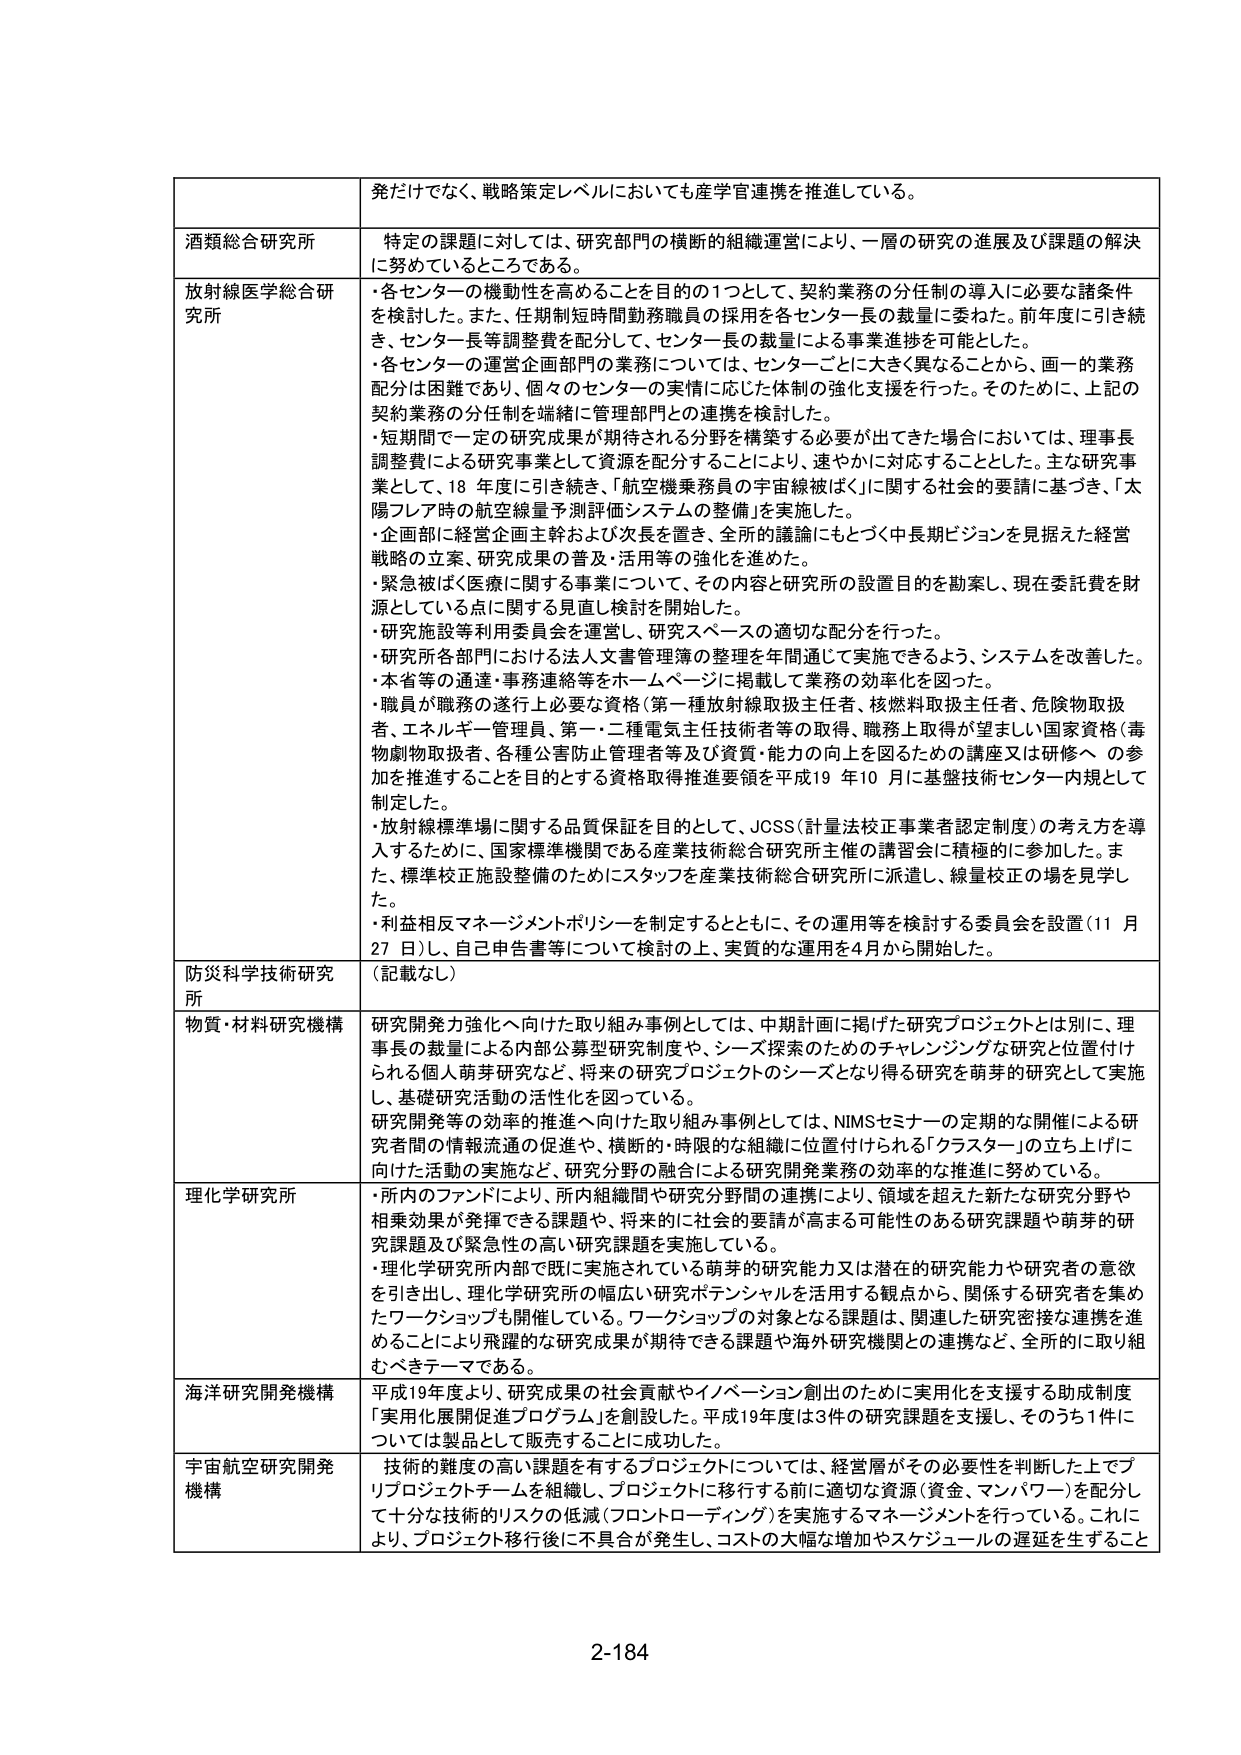
発だけではなく、戦略策定レベルにおいても産学官連携を推進している。

酒類総合研究所
特定の課題に対しては、研究部門の横断的組織運営により、一層の研究の進展及び課題の解決に努めているところである。

放射線医学総合研究所
・各センターの機動性を高めることを目的の1つとして、契約業務の分任制の導入に必要な諸条件を検討した。また、任期制短時間勤務職員の採用を各センター長の裁量に委ねた。前年度に引き続き、センター長等調整費を配分して、センター長の裁量による事業進捗を可能とした。
・各センターの運営企画部門の業務については、センターごとに大きく異なることから、画一の業務配分は困難であり、個々のセンターの実情に応じた体制の強化支援を行った。そのために、上記の契約業務の分任制を端緒に管理部門との連携を検討した。
・短期間で一定の研究成果が期待される分野を構築する必要が出てきた場合においては、理事長調整費による研究事業として資源を配分することにより、速やかに対応することとした。主な研究事業として、18年度に引き続き、「航空機乗務員の宇宙線被ばく」に関する社会的要請に基づき、「太陽フレア時の航空線量予測評価システムの整備」を実施した。
・企画部に経営企画主幹および次長を置き、全部の議論にもとづく中長期ビジョンを見据えた経営戦略の立案、研究成果の普及・活用等の強化を進めた。
・緊急被ばく医療に関する事業について、その内容と研究所の設置目的を勘案し、現在委託費を財源としている点に関する見直し検討を開始した。
・研究施設等利用委員会を運営し、研究スペースの適切な配分を行った。
・研究所各部門における法人文書管理簿の整理を年間通じて実施できるよう、システムを改善した。
・本省等の通達・事務連絡等をホームページに掲載して業務の効率化を図った。
・職員が職務の遂行上必要な資格（第一種放射線取扱主任者、核燃料取扱主任者、危険物取扱者、エネルギー管理者、第一・二種電気主任技術者等の取得、職務上取得が望ましい国家資格（毒物劇物取扱者、各種公害防止管理者等及び資質・能力の向上を図るための講座又は研修への参加を推進することを目的とする資格取得推進要領を平成19年10月に基盤技術センター内規として制定した。
・放射線標準場に関する品質保証を目的として、JCSS（計量法校正事業者認定制度）の考え方を導入するために、国家標準機関である産業技術総合研究所主催の講習会に積極的に参加した。また、標準校正施設整備のためにスタッフを産業技術総合研究所に派遣し、線量校正の場を見学した。
・利益相反マネージメントポリシーを制定するとともに、その運用等を検討する委員会を設置（11月27日）し、自己申告書等について検討の上、実質的な運用を4月から開始した。

防災科学技術研究所
（記載なし）

物質・材料研究機構
研究開発力強化へ向けた取り組み事例としては、中期計画に掲げた研究プロジェクトとは別に、理事長の裁量による内部公募型研究制度や、シーズ探索のためのチャレンジングな研究と位置付けられる個人萌芽研究など、将来の研究プロジェクトのシーズとなり得る研究を萌芽的研究として実施し、基礎研究活動の活性化を図っている。
研究開発等の効率的推進へ向けた取り組み事例としては、NIMSセミナーの定期的な開催による研究者間の情報流通の促進や、横断的・時限的な組織に位置付けられる「クラスター」の立ち上げに向けた活動の実施など、研究分野の融合による研究開発業務の効率的な推進に努めている。

理化学研究所
・所内のファンドにより、所内組織間や研究分野間の連携により、領域を超えた新たな研究分野や相乗効果が発揮できる課題や、将来的に社会的要請が高まる可能性のある研究課題や萌芽的研究課題及び緊急性の高い研究課題を実施している。
・理化学研究所内部で既に実施されている萌芽的研究能力又は潜在的研究能力や研究者の意欲を引き出し、理化学研究所の幅広い研究ポテンシャルを活用する観点から、関係する研究者を集めたワークショップも開催している。ワークショップの対象となる課題は、関連した研究密接な連携を進めるることにより飛躍的な研究成果が期待できる課題や海外研究機関との連携など、全所的に取り組むべきテーマである。

海洋研究開発機構
平成19年度より、研究成果の社会貢献やイノベーション創出のために実用化を支援する助成制度「実用化展開促進プログラム」を創設した。平成19年度は3件の研究課題を支援し、そのうち1件については製品として販売することに成功した。

宇宙航空研究開発機構
技術的難度の高い課題を有するプロジェクトについては、経営層がその必要性を判断した上でプロジェクトチームを組織し、プロジェクトに移行する前に適切な資源（資金、マンパワー）を配分して十分な技術的リスクの低減（フロントローディング）を実施するマネージメントを行っている。これにより、プロジェクト移行後に不具合が発生し、コストの大幅な増加やスケジュールの遅延を生ずること

2-184